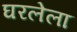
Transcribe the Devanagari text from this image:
घरलेला